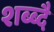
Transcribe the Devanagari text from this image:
शब्ब्दै